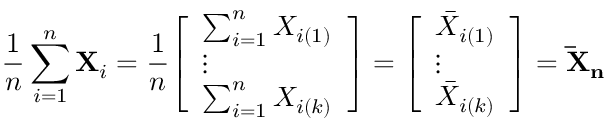
{ \frac { 1 } { n } } \sum _ { i = 1 } ^ { n } \mathbf { X } _ { i } = { \frac { 1 } { n } } { \left[ \begin{array} { l } { \sum _ { i = 1 } ^ { n } X _ { i ( 1 ) } } \\ { \vdots } \\ { \sum _ { i = 1 } ^ { n } X _ { i ( k ) } } \end{array} \right] } = { \left[ \begin{array} { l } { { \bar { X } } _ { i ( 1 ) } } \\ { \vdots } \\ { { \bar { X } } _ { i ( k ) } } \end{array} \right] } = \mathbf { { \bar { X } } _ { n } }